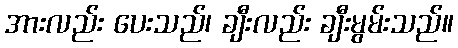
အားလည်း ပေးသည်၊ ချီးလည်း ချီးမွမ်းသည်။